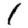
Digit: 1